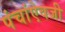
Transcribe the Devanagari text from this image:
पंचांऐवजी